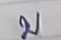
บ